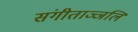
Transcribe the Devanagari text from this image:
संगीताञ्जलि